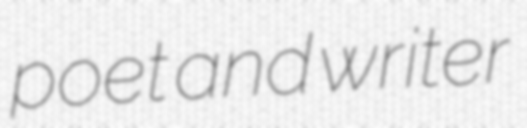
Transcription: poet and writer